Assam Mental Hospital (Tezpur, India) - 1933-1948
Year: 1933
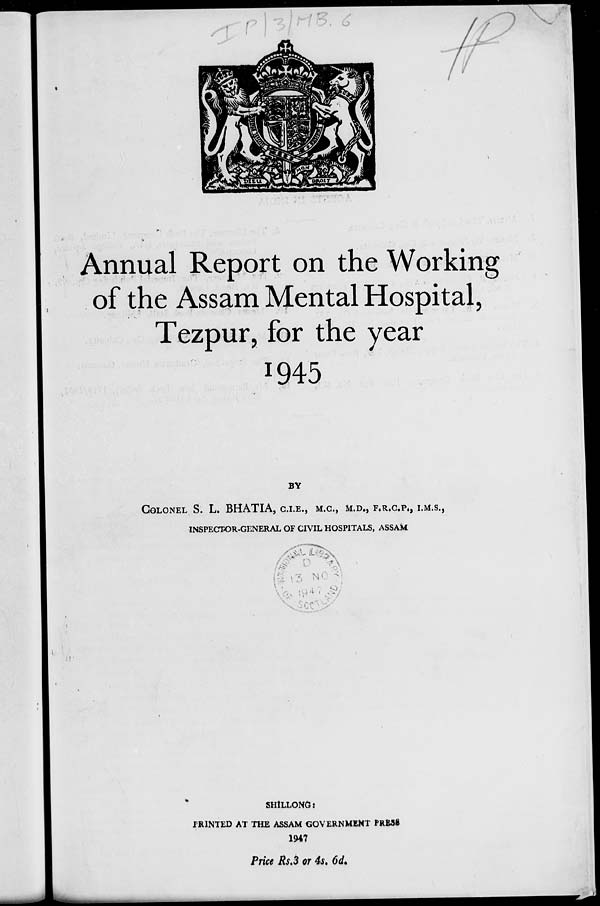
Annual Report on the Working
of the Assam Mental Hospital,
Tezpur, for the year
1945
BY
COLONEL S. L. BHATIA, C.I.E., M.C. M.D., F.R.C.P., I.M.S.,
INSPECTOR-GENERAL OF CIVIL HOSPITALS, ASSAM
SHILLONG :
PRINTED AT THE ASSAM GOVERNMENT PRESS
1947
Price Rs.3 or 4s. 6d.